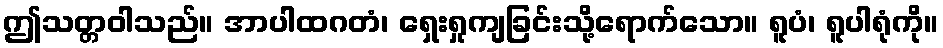
ဤသတ္တဝါသည်။ အာပါထဂတံ၊ ရှေးရှုကျခြင်းသို့ရောက်သော။ ရူပံ၊ ရူပါရုံကို။